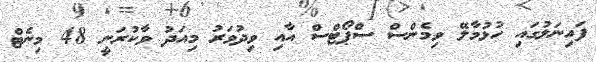
ފައިނަލުގައި ހުޅުމާލޭ ވިމެންސް ސްޕޯޓްސް އާއި ވިދުވަރު މިއަދު ވާކުރަނީ 48 މިނެޓް